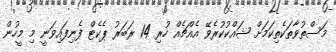
މަސްތުވާތަކެތިކަމަށް ޝައްކުކުރެވޭ އެއްޗެއް ހުރި 14 ރަބަރު ޕެކެޓް ފެނިފައިވަނީ މި މީހުން